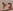
Text: y2